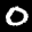
Label: 0